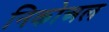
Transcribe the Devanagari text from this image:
निकोअल